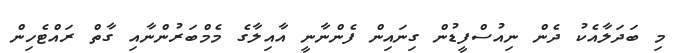
މި ބަދަލާއެކު ދެން ނިއުސްފީޑުން ގިނައިން ފެންނާނީ އާއިލާގެ މެމްބަރުންނާއި ގާތް ރައްޓެހިން